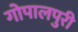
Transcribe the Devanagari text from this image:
गोपालपुरी